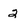
Character: 2